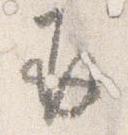
并